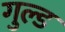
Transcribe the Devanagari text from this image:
गुल्ड